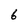
Character: 6